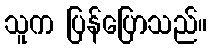
သူက ပြန်ပြောသည်။